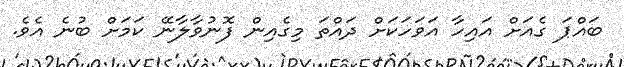
ބައްޕަ ގެއަށް އައިހާ އަވަހަކަށް ދައްތަ މިގެއިން ފޮނުވާލާނޭ ކަމަށް ބުނެ އެވެ.